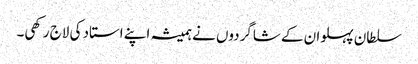
سلطان پہلوان کے شاگردوں نے ہمیشہ اپنے استاد کی لاج رکھی۔